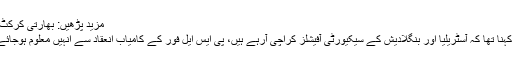
مزید پڑھیں: بھارتی کرکٹ ٹیم بھی مودی کے جنگی جنون میں‌ مبتلا ہوگئی
پی ایس ایل سے متعلق گفتگو کرتے ہوئے ان کا کہنا تھا کہ آسٹریلیا اور بنگلادیش کے سیکیورٹی آفیشلز کراچی آرہے ہیں، پی ایس ایل فور کے کامیاب انعقاد سے انہیں معلوم ہوجائے گا کہ پاکستان میں کرکٹ کو کوئی خطرہ نہیں۔